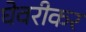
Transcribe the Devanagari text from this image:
घेवरीकर